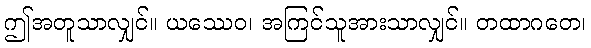
ဤအတူသာလျှင်။ ယဿေဝ၊ အကြင်သူအားသာလျှင်။ တထာဂတေ၊